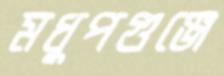
মধুপগুঞ্জে